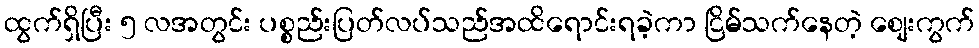
ထွက်ရှိပြီး ၅ လအတွင်း ပစ္စည်းပြတ်လပ်သည်အထိရောင်းရခဲ့ကာ ငြိမ်သက်နေတဲ့ စျေးကွက်